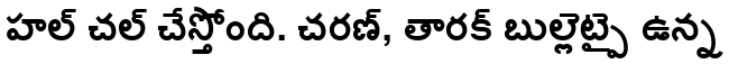
హల్ చల్ చేస్తోంది. చరణ్, తారక్ బుల్లెట్పై ఉన్న